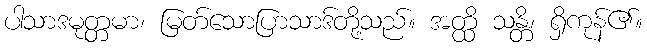
ပါသာဒမုတ္တမာ၊ မြတ်သောပြာသာဒ်တို့သည်။ အတ္ထိ သန္တိ၊ ရှိကုန်၏။